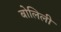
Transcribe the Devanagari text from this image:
बोलिली